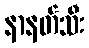
နာနတ်သီး